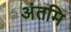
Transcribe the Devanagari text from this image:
अंतमि